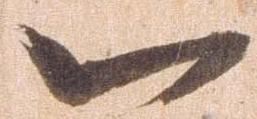
一